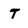
Character: T